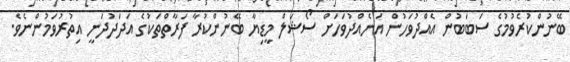
ބޭނުންކުރެވުމުގެ ސަބަބުން އެއްދުވަހުން އަނެއްދުވަހަށް ސޯޝަލް މީޑިޔާ ބޭނުންކުރާ ފަރާތްތަކުގެ އަދަދުދަނީ އިތުރުވަމުންނެވެ.